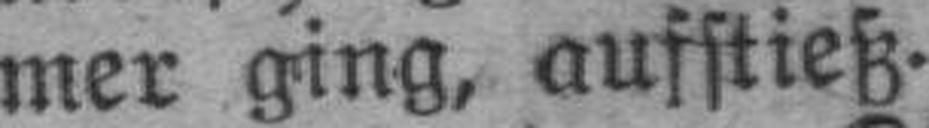
mer ging, aufstieß.